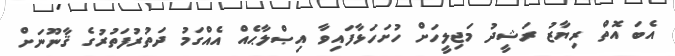
އެބަ އޮތް ރިޔާޒު ރަޝީދު މަޖިލީހަށް ހުށަހަޅާފައިވާ އިޞްލާޙެއް އެއްގަމު ދަތުރުފަތުރުގެ ޤާނޫނަށް